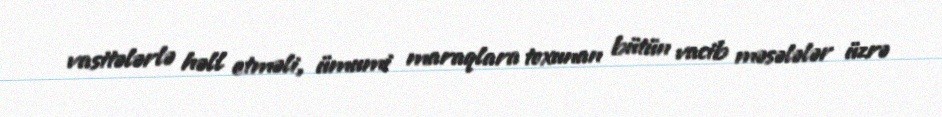
vasitələrlə həll etməli, ümumi maraqlara toxunan bütün vacib məsələlər üzrə